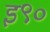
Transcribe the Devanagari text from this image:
इ९०